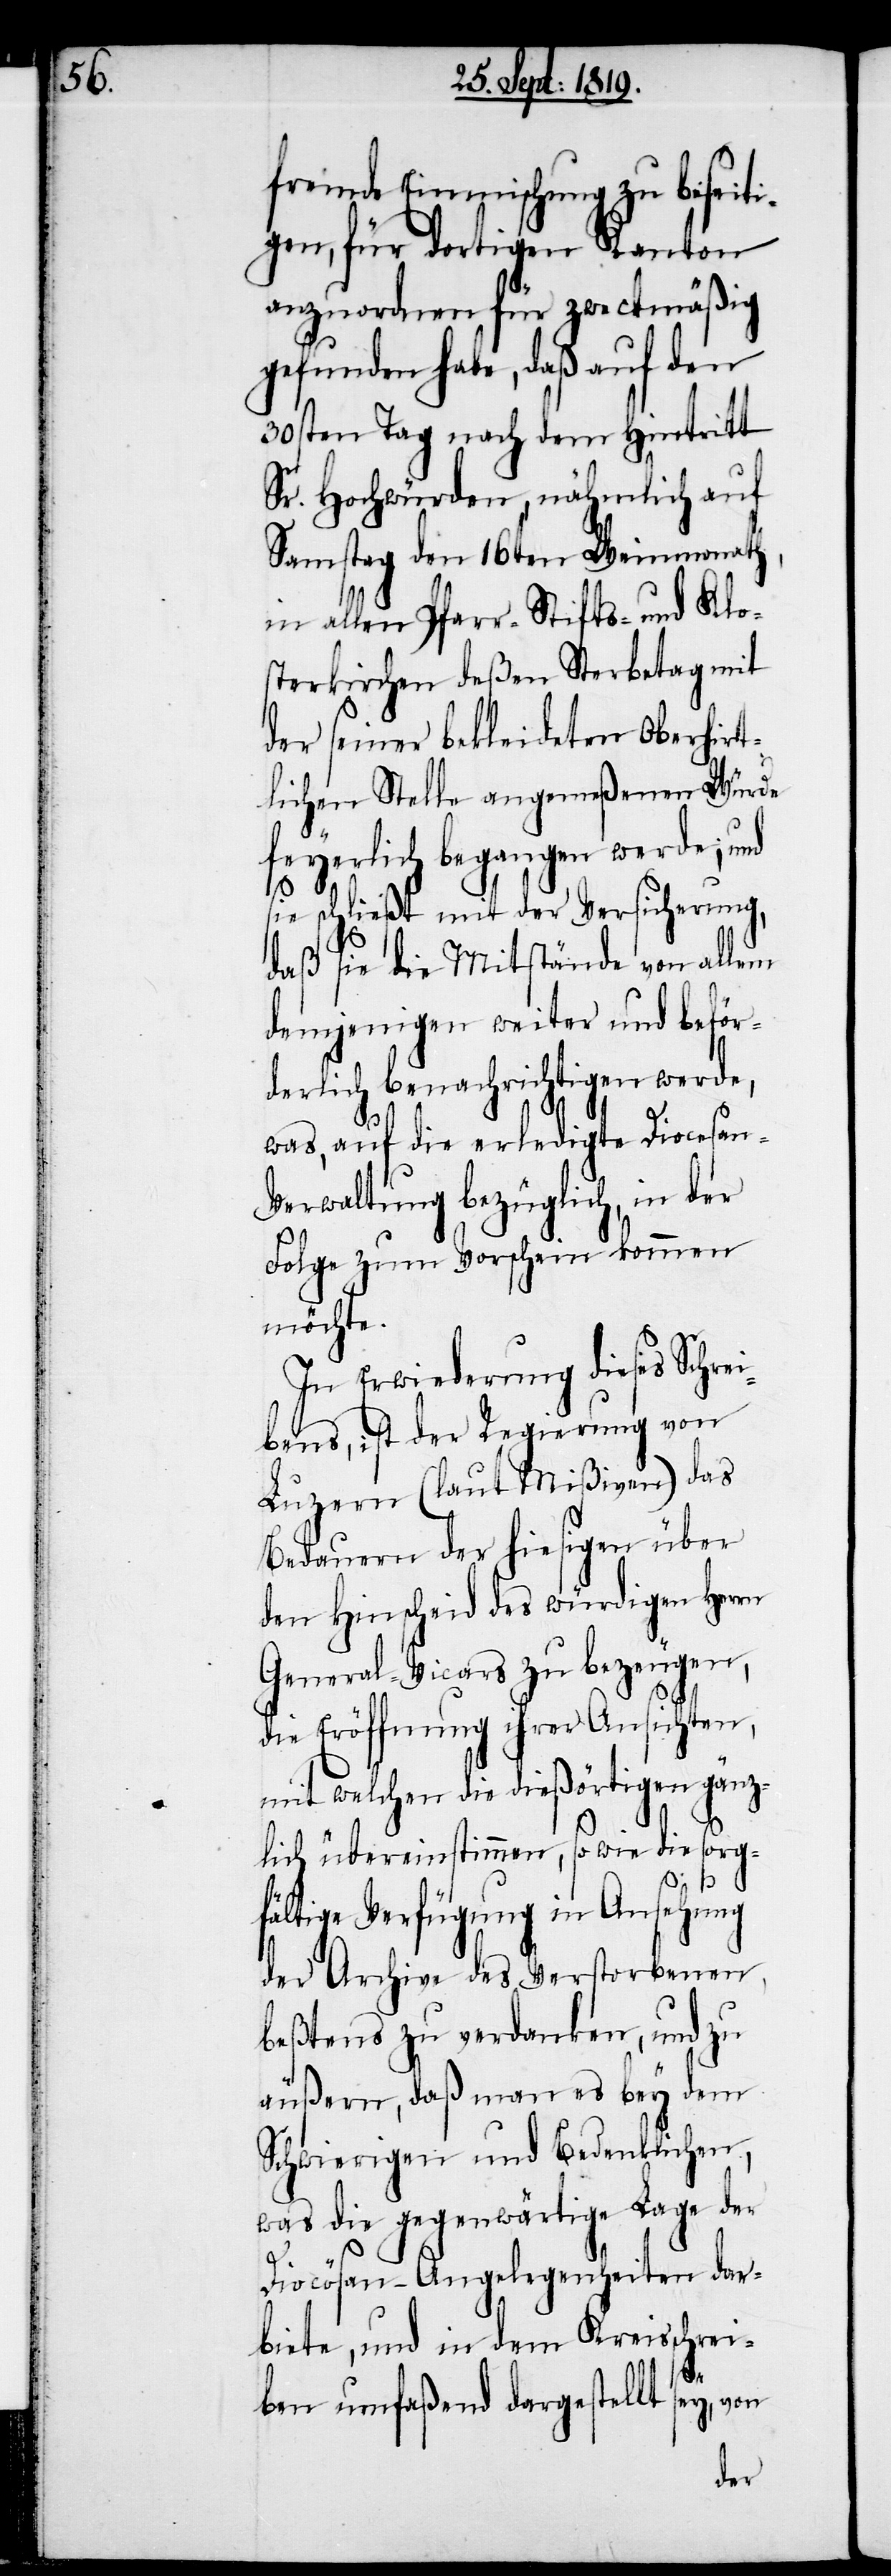
fremde Einmischung zu beseiti¬
gen, für dortigen Kanton
anzuordnen für zweckmäßig
gefunden habe, daß auf den
30sten Tag nach dem Hintritt
Sr. Hochwürden, nähmlich auf
Samstag den 16ten Weinmonath,
sterkirchen deßen Sterbetag mit
der seiner bekleideten Oberhirt¬
lichen Stelle angemeßenen Würde
feyerlich begangen werde; und
sie schließt mit der Versicherung,
daß sie die Mitstände von allem
demjenigen weiter und beför¬
derlich benachrichtigen werde,
was, auf die erledigte Diocesan-V¬
erwaltung bezüglich, in der
Folge zum Vorschein kommen
möchte.
In Erwiederung dieses Schrei¬
bens, ist der Regierung von
Luzern (laut Mißiven) das
Bedauern der hiesigen über
den Hinscheid des würdigen Herrn
General-Vicars zu bezeugen,
die Eröffnung ihrer Ansichten,
mit welchen die dießörtigen gänz¬
lich übereinstimmen, sowie die sorg¬
Klo¬
fältige Verfügung in Ansehung
der Archive des Verstorbenen
beßtens zu verdanken, und zu
äußern, daß man es bey dem
Schwierigen und Bedenklichen,
was die gegenwärtige Lage der
Diocösan-Angelegenheiten dar¬
biete, und in dem Kreisschrei¬
ben umfaßend dargestellt sey, von